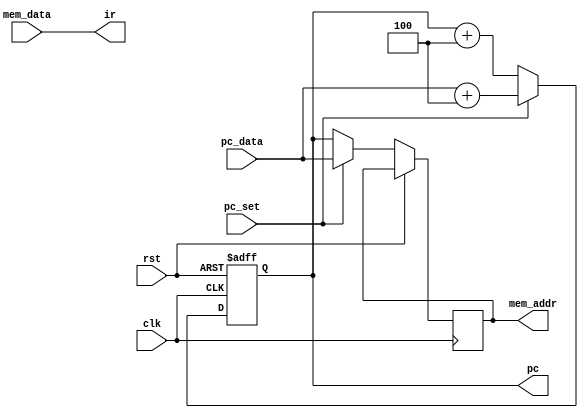

module instr_fetch(
    input rst,
    input clk,
    input pc_set,
    input [31:0] pc_data,
    input [31:0] mem_data,
    output reg [31:0] mem_addr,
    output wire [31:0] ir,
    output reg [31:0] pc
);

assign ir = mem_data;

always @ (posedge clk, posedge rst)
begin
    if (rst) pc = 0;
    else if (clk)
    begin
        if (pc_set)
        begin
            mem_addr <= pc_data;
            pc <= pc_data + 4;
        end
        else
        begin
            mem_addr <= pc;
            pc <= pc + 4;
        end
    end
end

endmodule